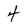
Character: 4